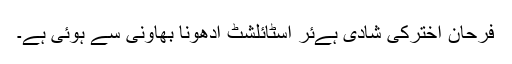
فرحان اخترکی شادی ہےئر اسٹائلشٹ ادھونا بھاونی سے ہوئی ہے۔